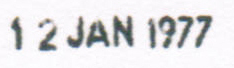
12JAN 1977